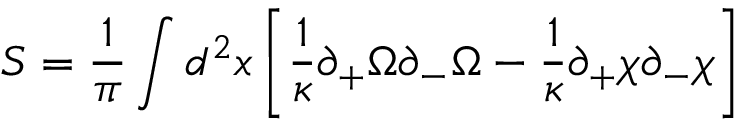
S = \frac { 1 } { \pi } \int \/ d ^ { 2 } x \left[ \frac { 1 } { \kappa } \partial _ { + } \Omega \partial _ { - } \Omega - \frac { 1 } { \kappa } \partial _ { + } \chi \partial _ { - } \chi \right]